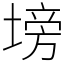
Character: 塝